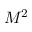
M ^ { 2 }